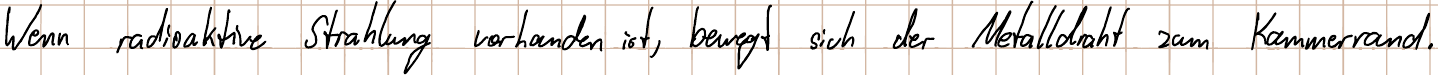
Wenn radioaktive Strahlung vorhanden ist, bewegt sich der Metalldraht zum Kammerrand.